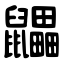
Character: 鼺